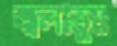
জ্বলাতুম